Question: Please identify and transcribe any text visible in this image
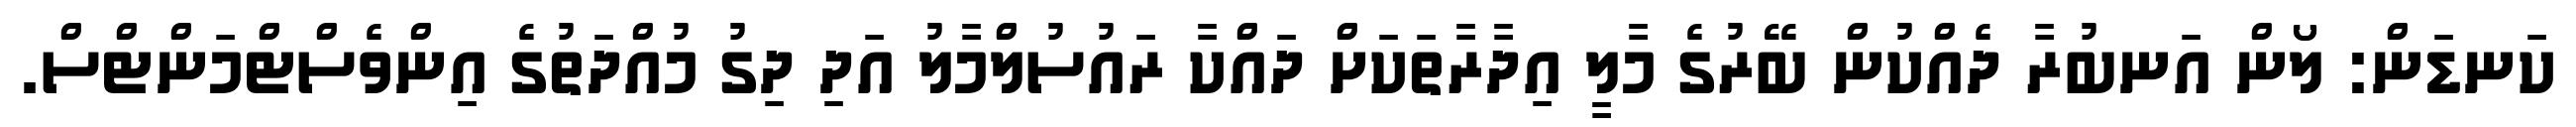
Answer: ކަނޑަން: ލޯން އަނބުރާ ދެއްކުން ބޭރުގެ މާލީ އިދާރާތަކަށް ދައްކާ ރައުސުލްމާލު އަދި ދިގު މުއްދަތުގެ އިންވެސްޓްމަންޓްސް.